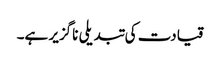
قیادت کی تبدیلی ناگزیر ہے۔